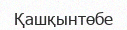
Қашқынтөбе